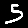
Digit: 5